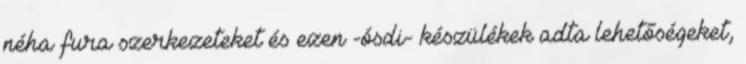
néha fura szerkezeteket és ezen -ósdi- készülékek adta lehetőségeket,